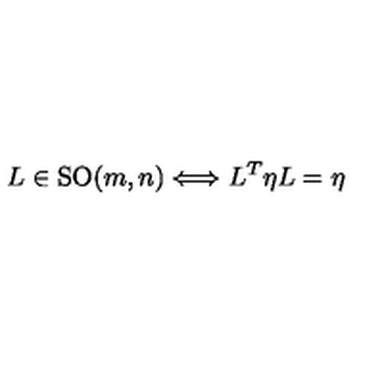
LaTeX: L \in \mathrm { S O } ( m , n ) \Longleftrightarrow L ^ { T } \eta L = \eta